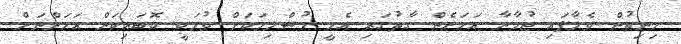
ހިނިތުން ވެލާފައި ޖުމާނާ އަހަރެން ގާތުގައި އެހީ މުސްލިމަކަށް ވުމަކީ ކޮބައިކަން އަހަންނަށް